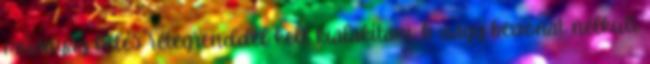
mûanyag bélés rétegrenddel kell kialakítani: b vagy bevonat nélküli